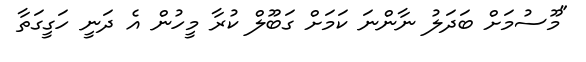
"މޫސުމަށް ބަދަލު ނާންނަ ކަމަށް ގަބޫލް ކުރާ މީހުން އެ ދަނީ ހަގީގަތާ